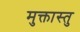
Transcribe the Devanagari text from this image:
मुक्तास्तु